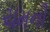
ચમની